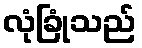
လုံခြုံသည်